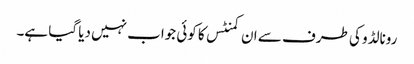
رونالڈو کی طرف سے ان کمنٹس کا کوئی جواب نہیں دیا گیا ہے۔